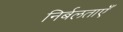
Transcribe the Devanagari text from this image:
निर्बलताएँ